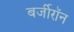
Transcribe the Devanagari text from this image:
बर्जीरॉन